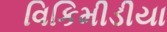
વિકિમીડીયા